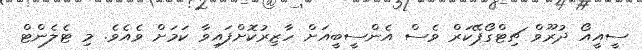
ސީއީއޯ ދުރޫވް ޗިޓްގޯޕޭކަރް ވެސް އެންސީބީއަށް ހާޒިރުކޮށްފައިވާ ކަމަށް ވެއެވެ. މި ޓެލެންޓް